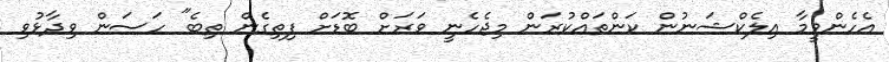
އެހެންވީމާ އިލެކްޝަނުން ކަންތައްކުރަން މިޖެހެނީ ވަރަށް ބޮޑަށް ފިތިގެން ތިބެ" ހަސަން ވިދާޅުވި